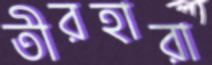
তীরহারা